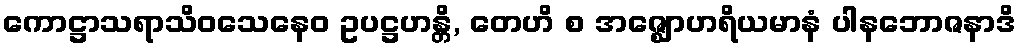
ကောဋ္ဌာသရာသိဝသေနေဝ ဥပဋ္ဌဟန္တိ, တေဟိ စ အဇ္ဈောဟရိယမာနံ ပါနဘောဇနာဒိ